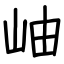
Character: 岫